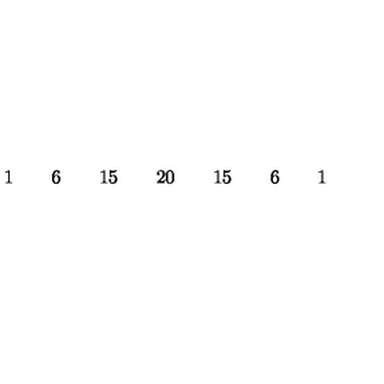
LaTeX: \begin{array} { c c c c c c c c c c c c c c c c c } { } & { } & { 1 } & { } & { 6 } & { } & { 1 5 } & { } & { 2 0 } & { } & { 1 5 } & { } & { 6 } & { } & { 1 } & { } & { } \\ \end{array}